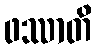
ဖဿာတိ